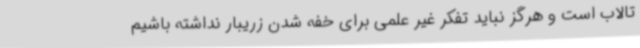
تالاب است و هرگز نباید تفکر غیر علمی برای خفه شدن زریبار نداشته باشیم